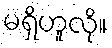
မရှိဟူလို။